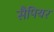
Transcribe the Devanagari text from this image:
सैपियर